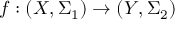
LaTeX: f : ( X , \Sigma _ { 1 } ) \to ( Y , \Sigma _ { 2 } )